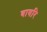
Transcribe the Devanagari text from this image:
बावरि